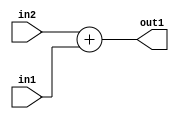
`timescale 1ps / 1ps
/*****************************************************************************
    Verilog RTL Description
    
    
    Created by: Stratus DpOpt 2019.1.01 
*******************************************************************************/

module pw_feature_addr_gen_Add_32Ux8U_32U_1 (
	in2,
	in1,
	out1
	); /* architecture "behavioural" */ 
input [31:0] in2;
input [7:0] in1;
output [31:0] out1;
wire [31:0] asc001;

assign asc001 = 
	+(in2)
	+(in1);

assign out1 = asc001;
endmodule

/* CADENCE  ubH5Tgw= : u9/ySgnWtBlWxVPRXgAZ4Og= ** DO NOT EDIT THIS LINE ******/